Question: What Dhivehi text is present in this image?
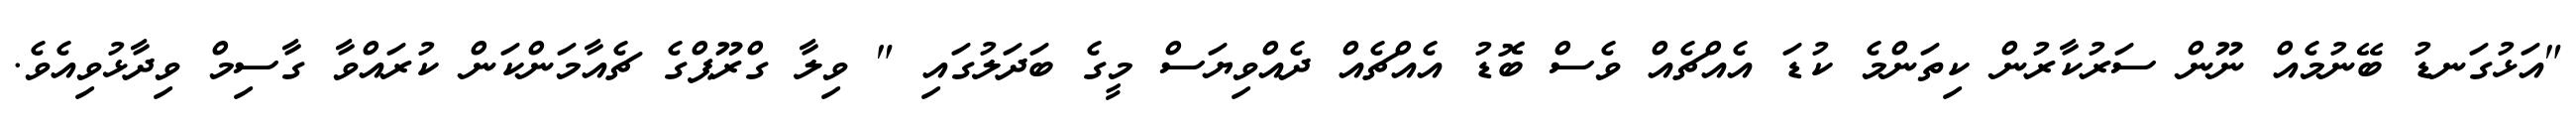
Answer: "އަޅުގަނޑު ބޭނުމެއް ނޫން ސަރުކާރުން ކިތަންމެ ކުޑަ އެއްޗެއް ވެސް ބޮޑު އެއްޗެއް ދެއްވިޔަސް މީގެ ބަދަލުގައި " ވިލާ ގްރޫޕްގެ ޗެއާމަންކަން ކުރައްވާ ގާސިމް ވިދާޅުވިއެވެ.